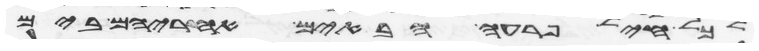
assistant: לכל חיל פרעה הבאים אחריהם בים